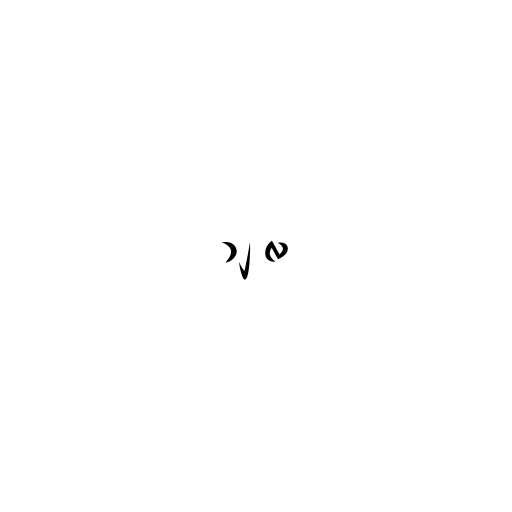
၁၂ လ